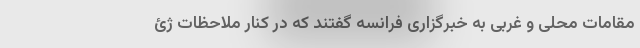
مقامات محلی و غربی به خبرگزاری فرانسه گفتند که در کنار ملاحظات ژئ